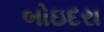
બોઇદરા